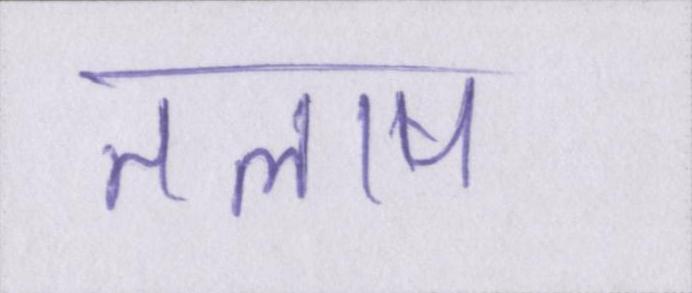
तलाष